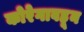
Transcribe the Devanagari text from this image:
कोरेगावहून